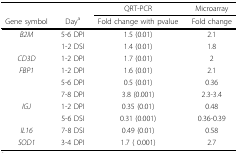
<table><thead><tr><td></td><td></td><td><b>QRT-PCR</b></td><td><b>Microarray</b></td></tr><tr><td><b>Gene symbol</b></td><td><b>Day<sup>a</sup></b></td><td><b>Fold change with pvalue</b></td><td><b>Fold change</b></td></tr></thead><tbody><tr><td><i>B2M</i></td><td>5-6 DPI</td><td>1.5 (0.01)</td><td>2.1</td></tr><tr><td></td><td>1-2 DSI</td><td>1.4 (0.01)</td><td>1.8</td></tr><tr><td><i>CD3D</i></td><td>1-2 DPI</td><td>1.7 (0.01)</td><td>2</td></tr><tr><td><i>FBP1</i></td><td>1-2 DPI</td><td>1.6 (0.01)</td><td>2.1</td></tr><tr><td></td><td>5-6 DPI</td><td>0.5 (0.01)</td><td>0.36</td></tr><tr><td></td><td>7-8 DPI</td><td>3.8 (0.001)</td><td>2.3-3.4</td></tr><tr><td><i>IGJ</i></td><td>1-2 DPI</td><td>0.35 (0.01)</td><td>0.48</td></tr><tr><td></td><td>5-6 DSI</td><td>0.31 (0.001)</td><td>0.36-0.39</td></tr><tr><td><i>IL16</i></td><td>7-8 DSI</td><td>0.49 (0.01)</td><td>0.58</td></tr><tr><td><i>SOD1</i></td><td>3-4 DPI</td><td>1.7 ( 0.001)</td><td>2.7</td></tr></tbody></table>